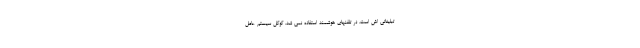
تبلیغاتی اش است، در تلفنهای هوشمند استفاده نمی شد. گوگل سیستم عامل